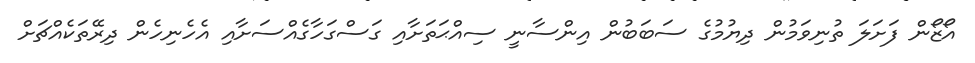
އޯޒޯން ފަށަލަ ތުނިވަމުން ދިޔުމުގެ ސަބަބުން އިންސާނީ ސިއްޙަތަށާއި ގަސްގަހާގެއްސަށާއި އެހެނިހެން ދިރޭތަކެއްޗަށް